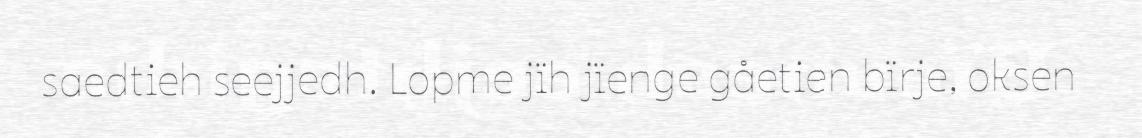
saedtieh seejjedh. Lopme jïh jïenge gåetien bïrje, oksen